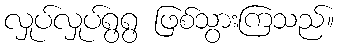
လှုပ်လှုပ်ရွရွ ဖြစ်သွားကြသည်။